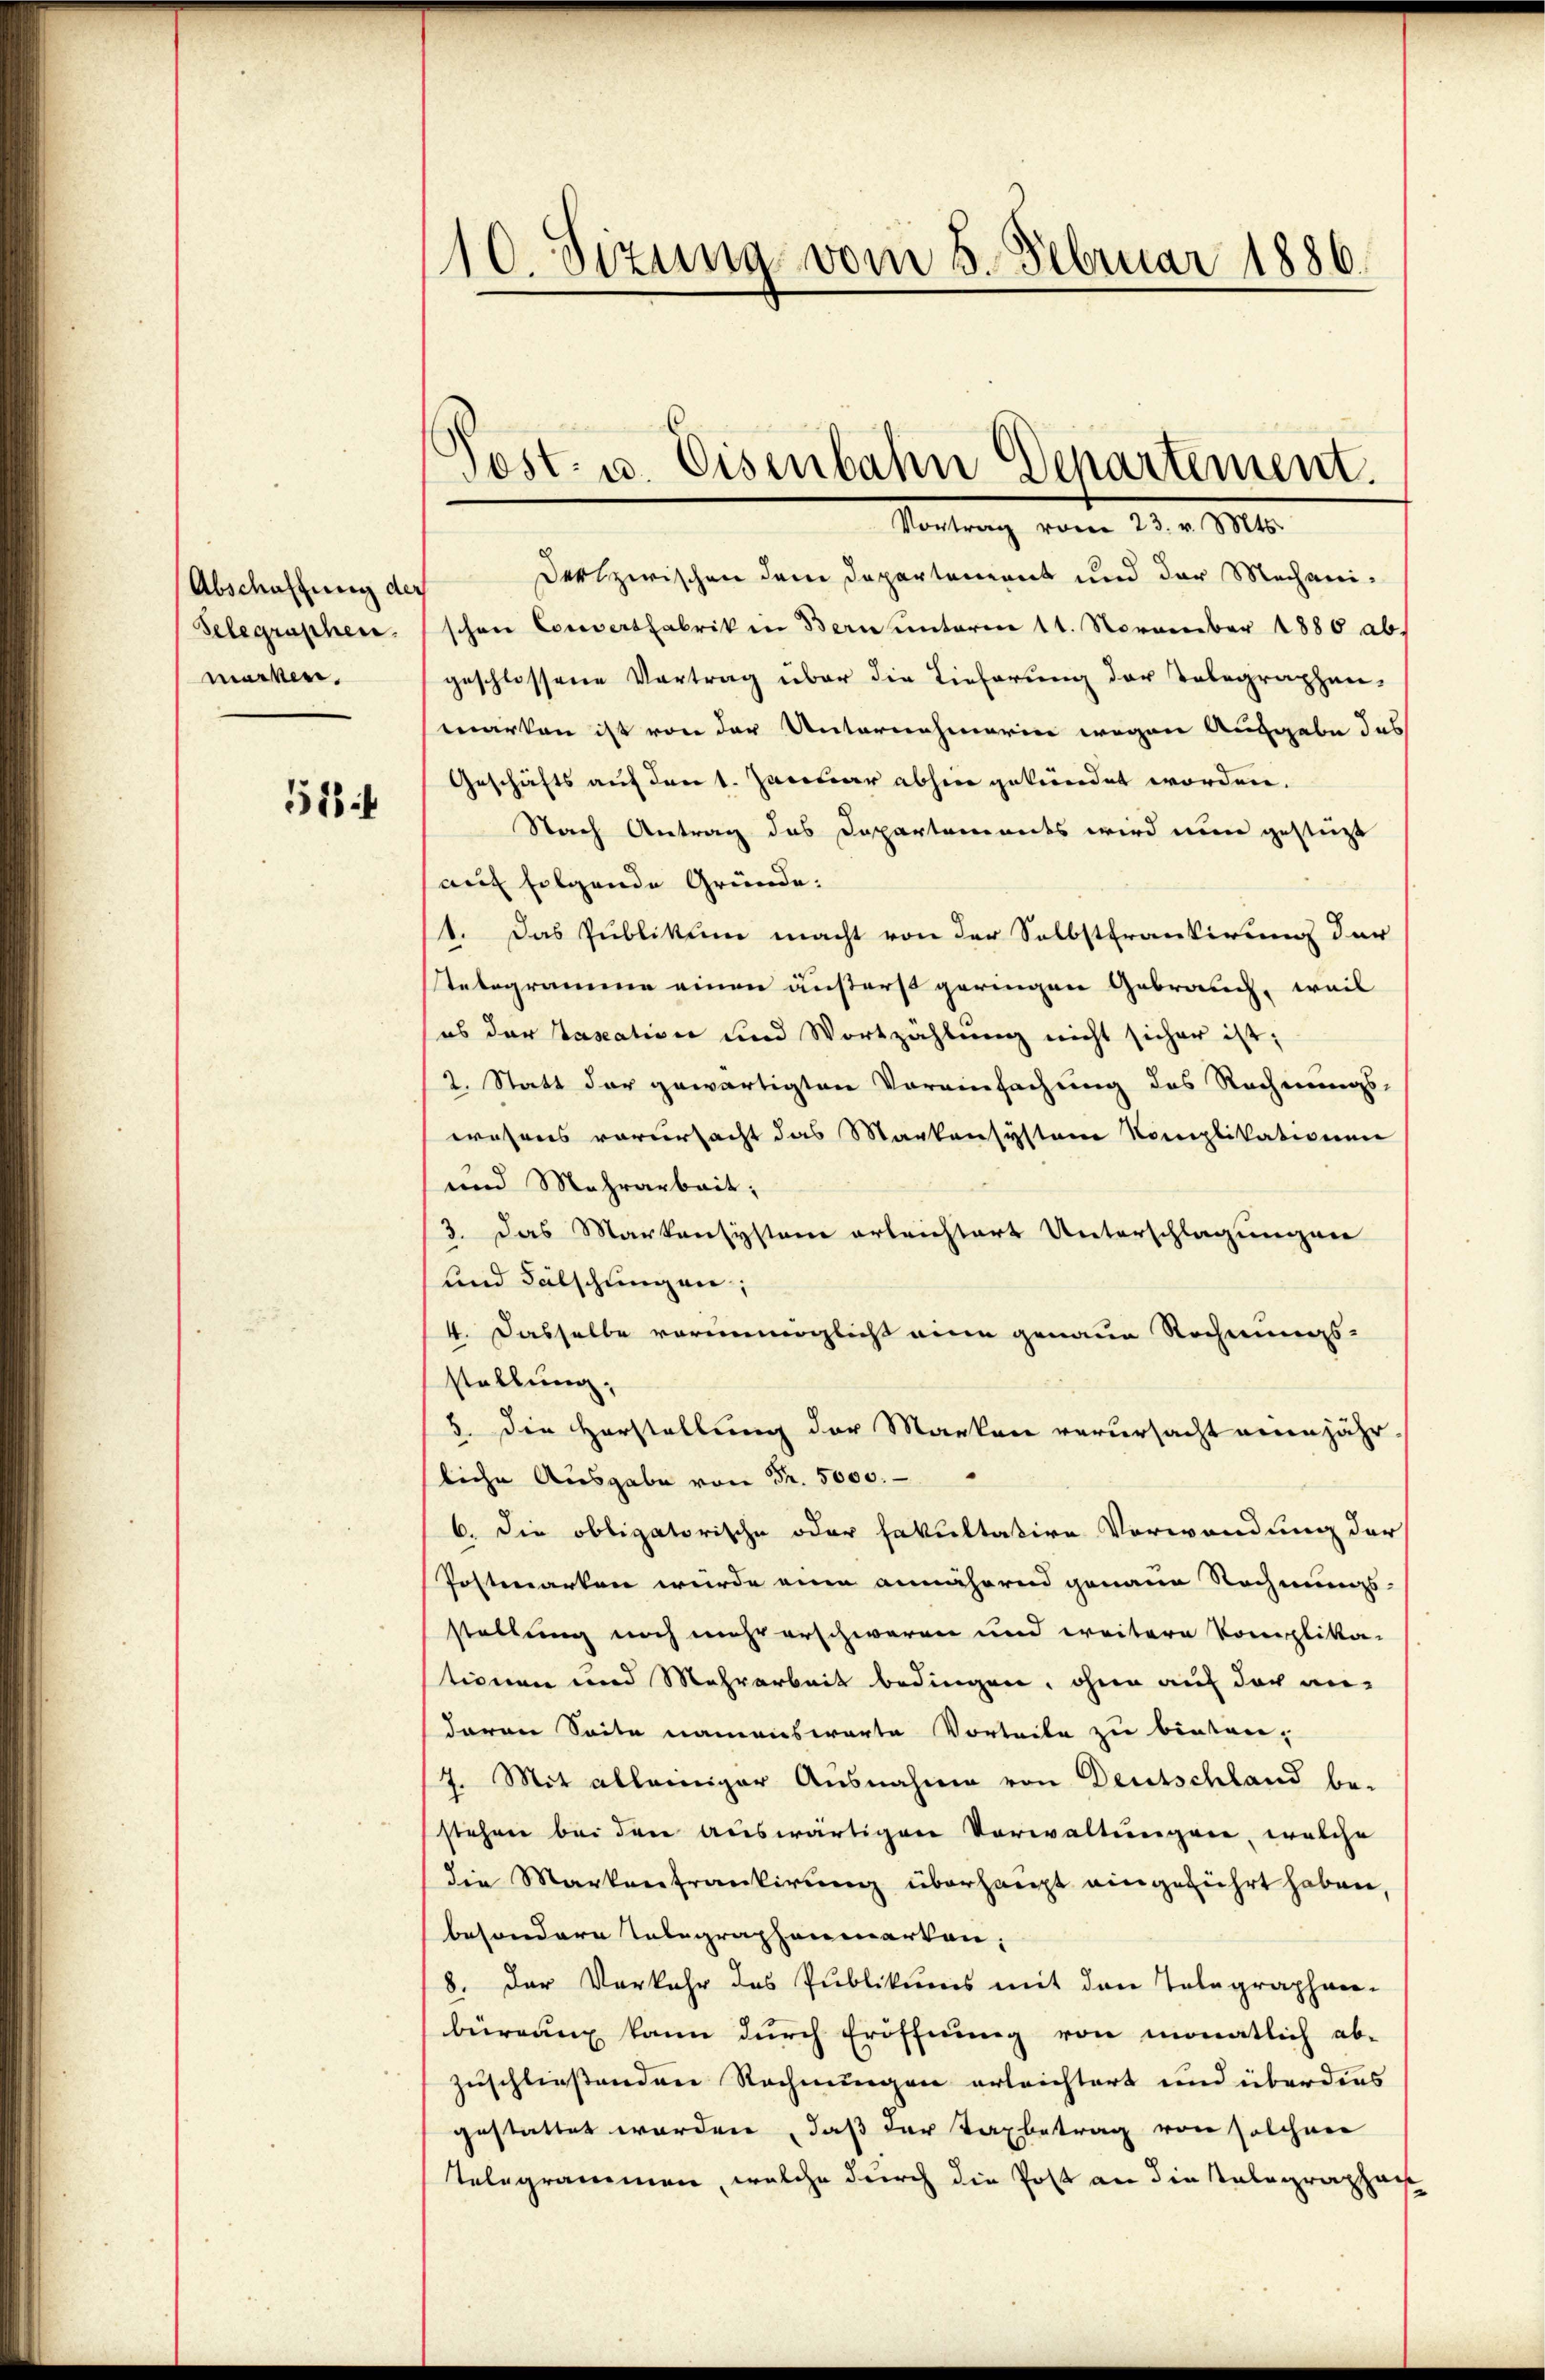
Abschaffung der
Selegraphen.
marken.

514

10. Sizung vom 5. Februar 1886.

Post- u. Eisenbahn Departement.
Vortrag vom 21. 1910.

Der zwischen dem Departement und der Mechanischen Convertfabrik in Bern unterm 11. November 1880 ab.
geschlossene Vortrag über die Lieferung der Telegraphen-
warken ist von der Unternahmerin wegen Ausgabe des
Geschäfts auf den 1. Januar abhin gekündet worden.
Nach Antrag das Departemendes wird nun gestüzt
auf folgende Gründe.
1. Das Publikum macht von der Selbsttrantirung der
Telegramme einen äußerst geringen Gebrauch, weil
es der Taxation und Wortzählung nicht sicher ist;
2. Statt der gewärtigten Voreinfachung des Rechnungs-
wesens verursacht das Markensysteme Komplikationen
und Mehrarbeit;
3. Das Markensystanz erleichtert Unterschlagungen
und Fälschungen;
4. Dasselbe vorunmöglich eine genaue Rechnungs-
stellung.
5. die Horstellung der Marken verursacht einjährliche Ausgabe von Fr. 5000.
6. Die obligatorische oder fakultative Verwendung der
Postmarken wurde eine annäheren genaue Rechnungs-
stellung noch mehr erschweren und weitere Komplika-
tionen und Mehrarbeit bedingen, ohne auf der an-
daran Seite namenswarte Vorteile zu bieten,
/7. Mit alleiniger Ausnahme von Deutschland be-
stehen bei den auswärtigen Vorwaltungen, welche
die Markentrankirung überhaupt eingeführt haben
besondere Telegraphenmarken,
8. Der Vorkehr des Publikums mit den Telegraphen-
bürgung kann durch Eröffnung von monatlich ab-
zuschließenden Rechnungen erleichtert und überdies
gestattet worden, daß der Taxbetrag von solchen
Telegrammen, welche durch die Post an die Kalagraphag